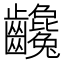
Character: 𪚃